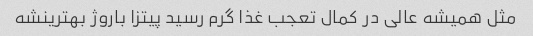
مثل همیشه عالی در کمال تعجب غذا گرم رسید پیتزا باروژ بهترینشه